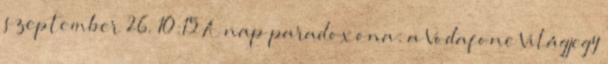
szeptember 26. 10:15 A nap paradoxona: a Vodafone Világjegy